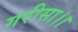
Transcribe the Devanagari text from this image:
गरीसा।।